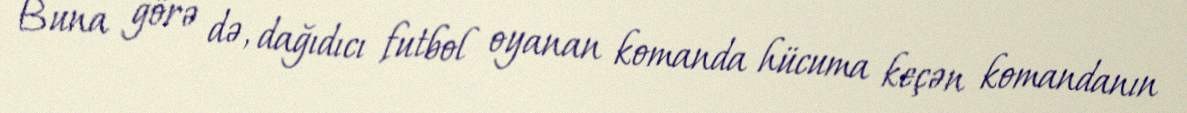
Buna görə də, dağıdıcı futbol oyanan komanda hücuma keçən komandanın